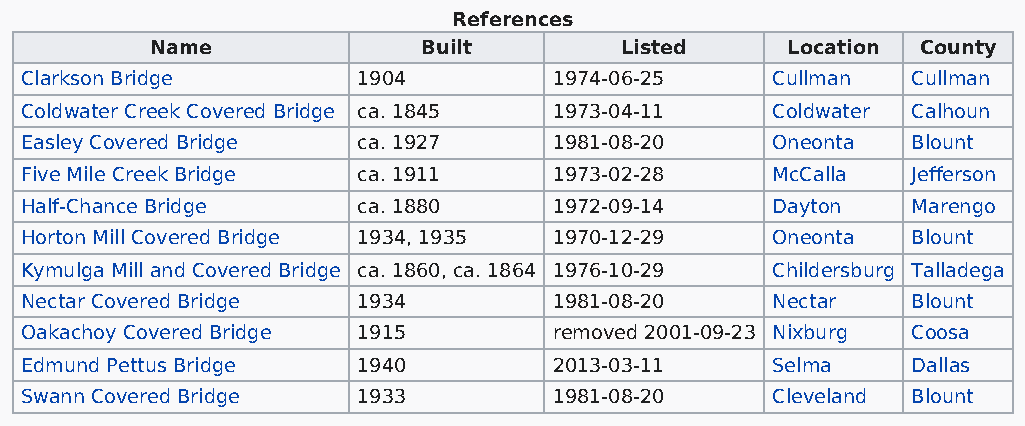
References
 Name              Built        Listed     Location County
 Clarkson Bridge        1904         1974-06-25    Cullman  Cullman
 Coldwater Creek Covered Bridge ca. 1845 1973-04-11 Coldwater Calhoun
 Easley Covered Bridge  ca. 1927     1981-08-20    Oneonta  Blount
 Five Mile Creek Bridge ca. 1911     1973-02-28    McCalla  Jefferson
 Half-Chance Bridge     ca. 1880     1972-09-14    Dayton   Marengo
 Horton Mill Covered Bridge 1934, 1935 1970-12-29  Oneonta  Blount
 Kymulga Mill and Covered Bridge ca. 1860, ca. 1864 1976-10-29 Childersburg Talladega
 Nectar Covered Bridge  1934         1981-08-20    Nectar   Blount
 Oakachoy Covered Bridge 1915        removed 2001-09-23 Nixburg Coosa
 Edmund Pettus Bridge   1940         2013-03-11    Selma    Dallas
 Swann Covered Bridge   1933         1981-08-20    Cleveland Blount